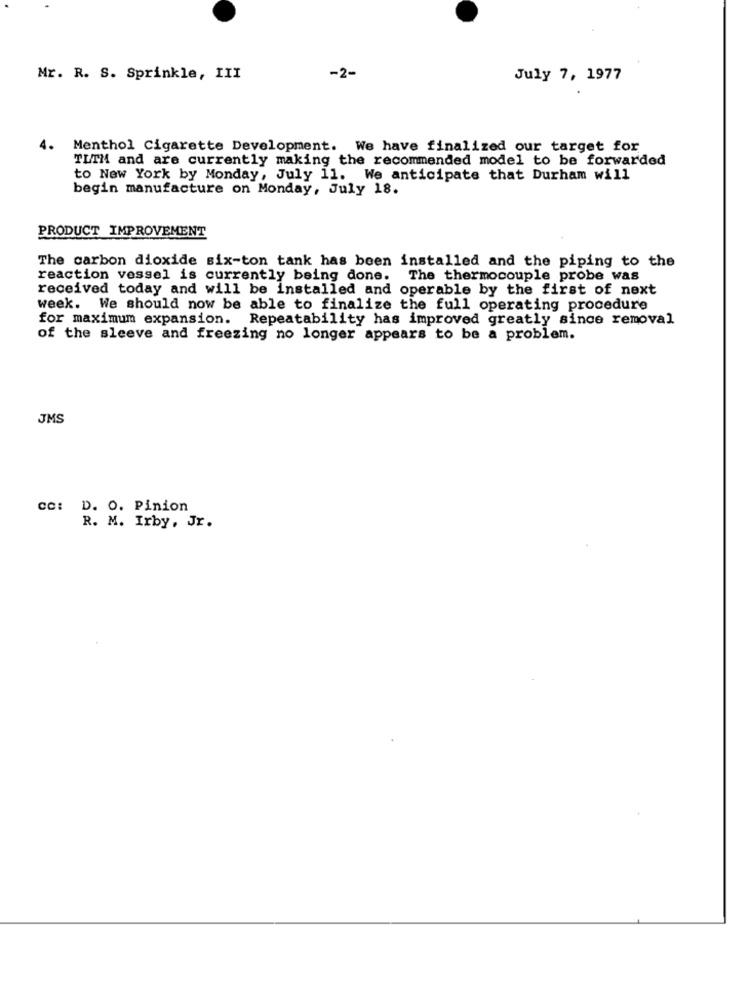
Mr. R. S. Sprinkle, III
-2-
July 7, 1977
4.
Menthol Cigarette Development. We have finalized our target for
TLIM and are currently making the recommended model to be forwarded
to New York by Monday, July 11. We anticipate that Durham will
begin manufacture on Monday, July 18.
PRODUCT IMPROVEMENT
The carbon dioxide six-ton tank has been installed and the piping to the
reaction vessel is currently being done. The thermocouple probe was
received today and will be installed and operable by the first of next
week. We should now be able to finalize the full operating procedure
for maximum expansion. Repeatability has improved greatly since removal
of the sleeve and freezing no longer appears to be a problem.
JMS
cc: D. O. Pinion
R. M. Irby, Jr.